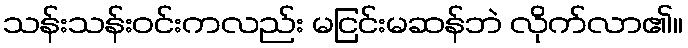
သန်းသန်းဝင်းကလည်း မငြင်းမဆန်ဘဲ လိုက်လာ၏။